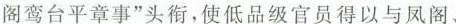
阁鸾台平章事”头衔，使低品级官员得以与凤阁、